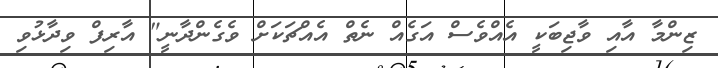
ޒިންމާ އާއި ވާޖިބަކީ އެއްވެސް އަގެއް ނެތް އެއްޗަކަށް ވެގެންދާނީ" އާރިފް ވިދާޅުވި